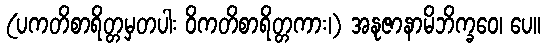
(ပကတိစာရိတ္တမှတပါး ဝိကတိစာရိတ္တကား၊) အနုဇာနာမိဘိက္ခဝေ၊ ပေ။